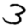
Digit: 3